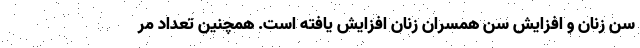
سن زنان و افزایش سن همسران زنان افزایش یافته است. همچنین تعداد مر